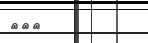
١٣٨